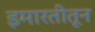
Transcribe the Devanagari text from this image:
इमारतीतून